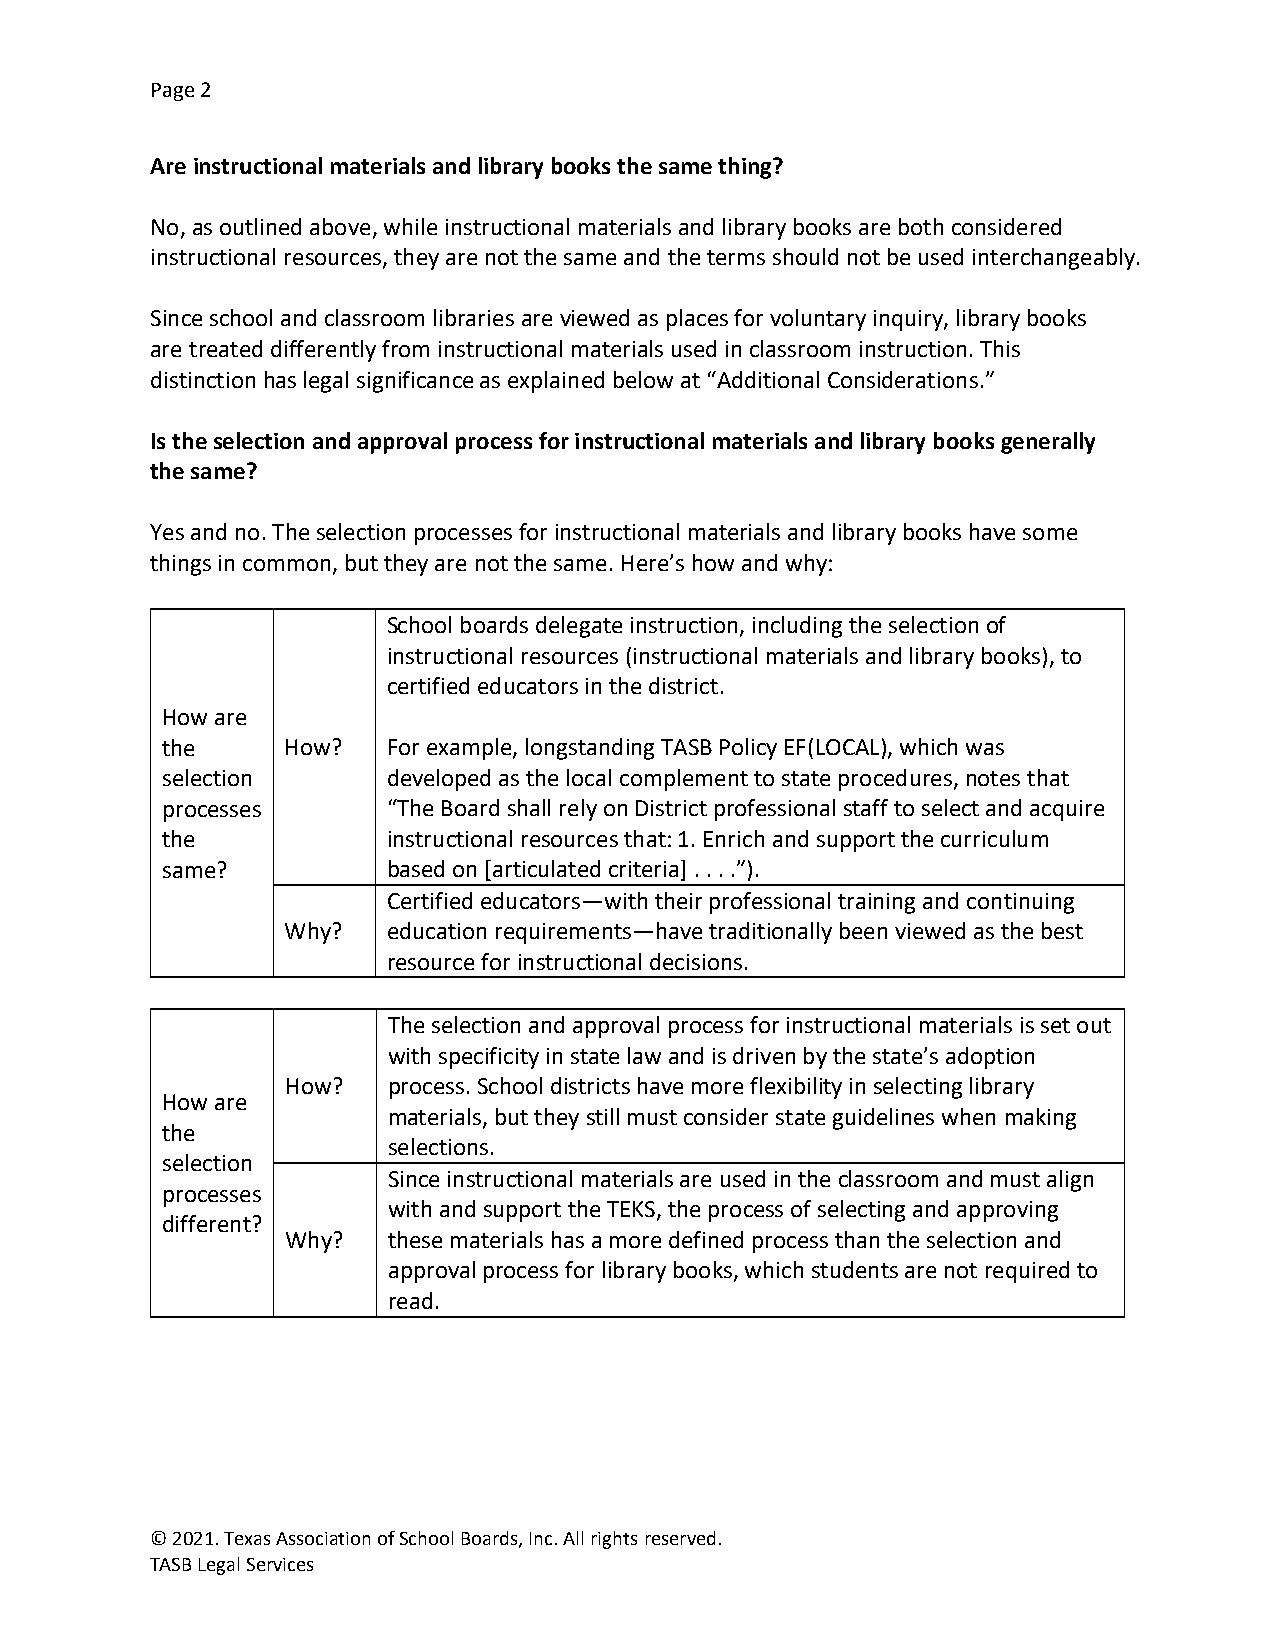
Page 2
 Are instructional materials and library books the same thing?
 No, as outlined above, while instructional materials and library books are both considered
 instructional resources, they are not the same and the terms should not be used interchangeably.
 Since school and classroom libraries are viewed as places for voluntary inquiry, library books
 are treated differently from instructional materials used in classroom instruction. This
 distinction has legal significance as explained below at “Additional Considerations.”
 Is the selection and approval process for instructional materials and library books generally
 the same?
 Yes and no. The selection processes for instructional materials and library books have some
 things in common, but they are not the same. Here’s how and why:
 School boards delegate instruction, including the selection of
 instructional resources (instructional materials and library books), to
 certified educators in the district.
 How are
 the     How?   For example, longstanding TASB Policy EF(LOCAL), which was
 selection      developed as the local complement to state procedures, notes that
 processes      “The Board shall rely on District professional staff to select and acquire
 the            instructional resources that: 1. Enrich and support the curriculum
 same?          based on [articulated criteria] . . . .”).
 Certified educators—with their professional training and continuing
 Why?   education requirements—have traditionally been viewed as the best
 resource for instructional decisions.
 The selection and approval process for instructional materials is set out
 with specificity in state law and is driven by the state’s adoption
 How?   process. School districts have more flexibility in selecting library
 How are
 materials, but they still must consider state guidelines when making
 the
 selections.
 selection
 Since instructional materials are used in the classroom and must align
 processes
 with and support the TEKS, the process of selecting and approving
 different?
 Why?   these materials has a more defined process than the selection and
 approval process for library books, which students are not required to
 read.
 © 2021. Texas Association of School Boards, Inc. All rights reserved.
 TASB Legal Services